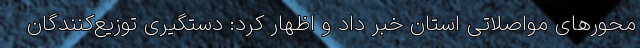
محورهای مواصلاتی استان خبر داد و اظهار کرد: دستگیری توزیع‌کنندگان